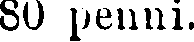
8O penni.